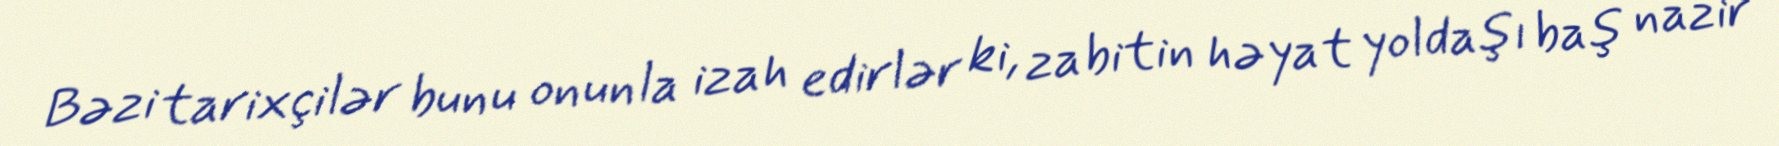
Bəzi tarixçilər bunu onunla izah edirlər ki, zabitin həyat yoldaşı baş nazir